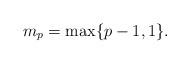
LaTeX: \begin{align*} m_p = \max\{p-1, 1\}. \end{align*}